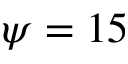
\psi = 1 5